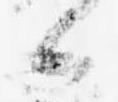
候